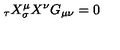
\do _ { \tau } X ^ { \mu } \do _ { \sigma } X ^ { \nu } G _ { \mu \nu } = 0